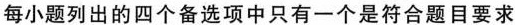
每小题列出的四个备选项中只有一个是符合题目要求